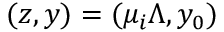
( z , y ) = ( \mu _ { i } \Lambda , y _ { 0 } )